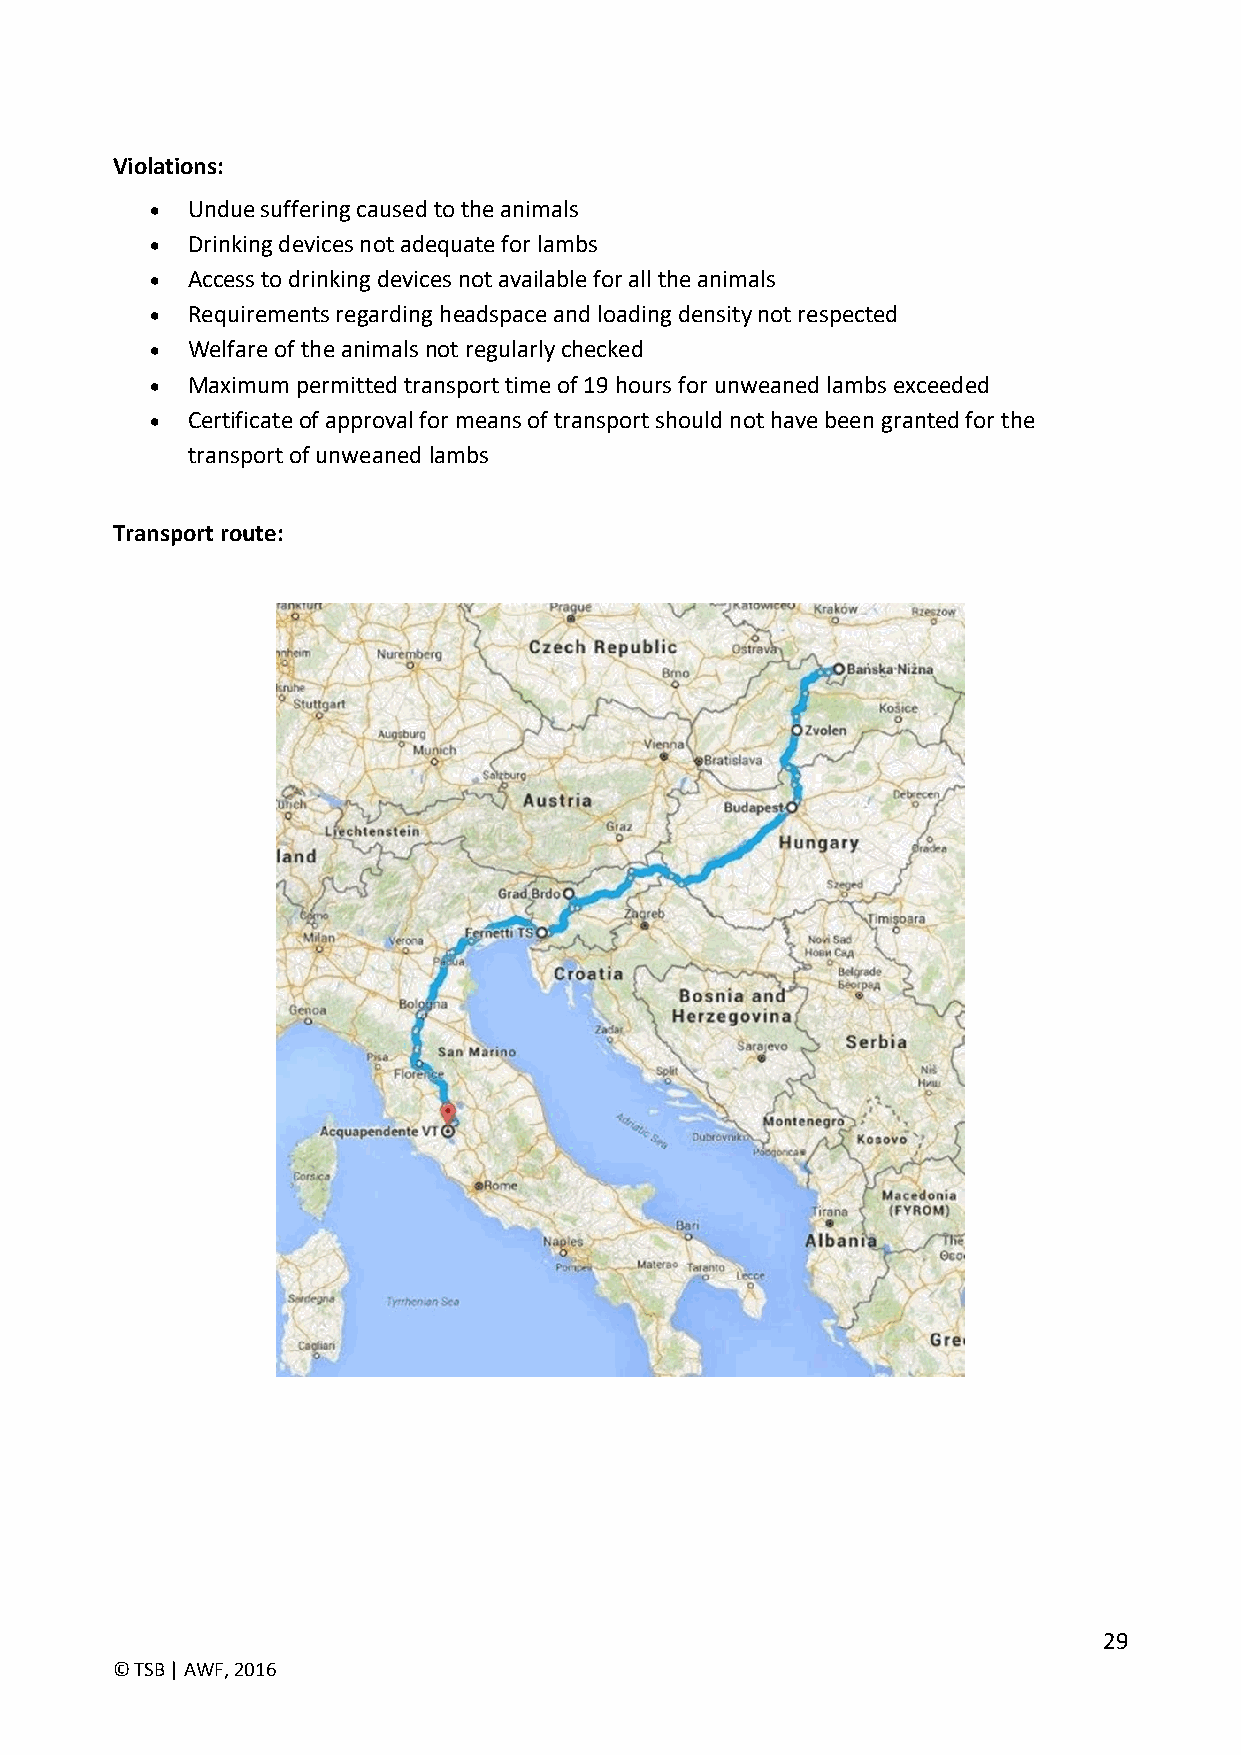
Violations:
  Undue suffering caused to the animals
  Drinking devices not adequate for lambs
  Access to drinking devices not available for all the animals
  Requirements regarding headspace and loading density not respected
  Welfare of the animals not regularly checked
  Maximum permitted transport time of 19 hours for unweaned lambs exceeded
  Certificate of approval for means of transport should not have been granted for the
 transport of unweaned lambs
 Transport route:
 29
 © TSB | AWF, 2016